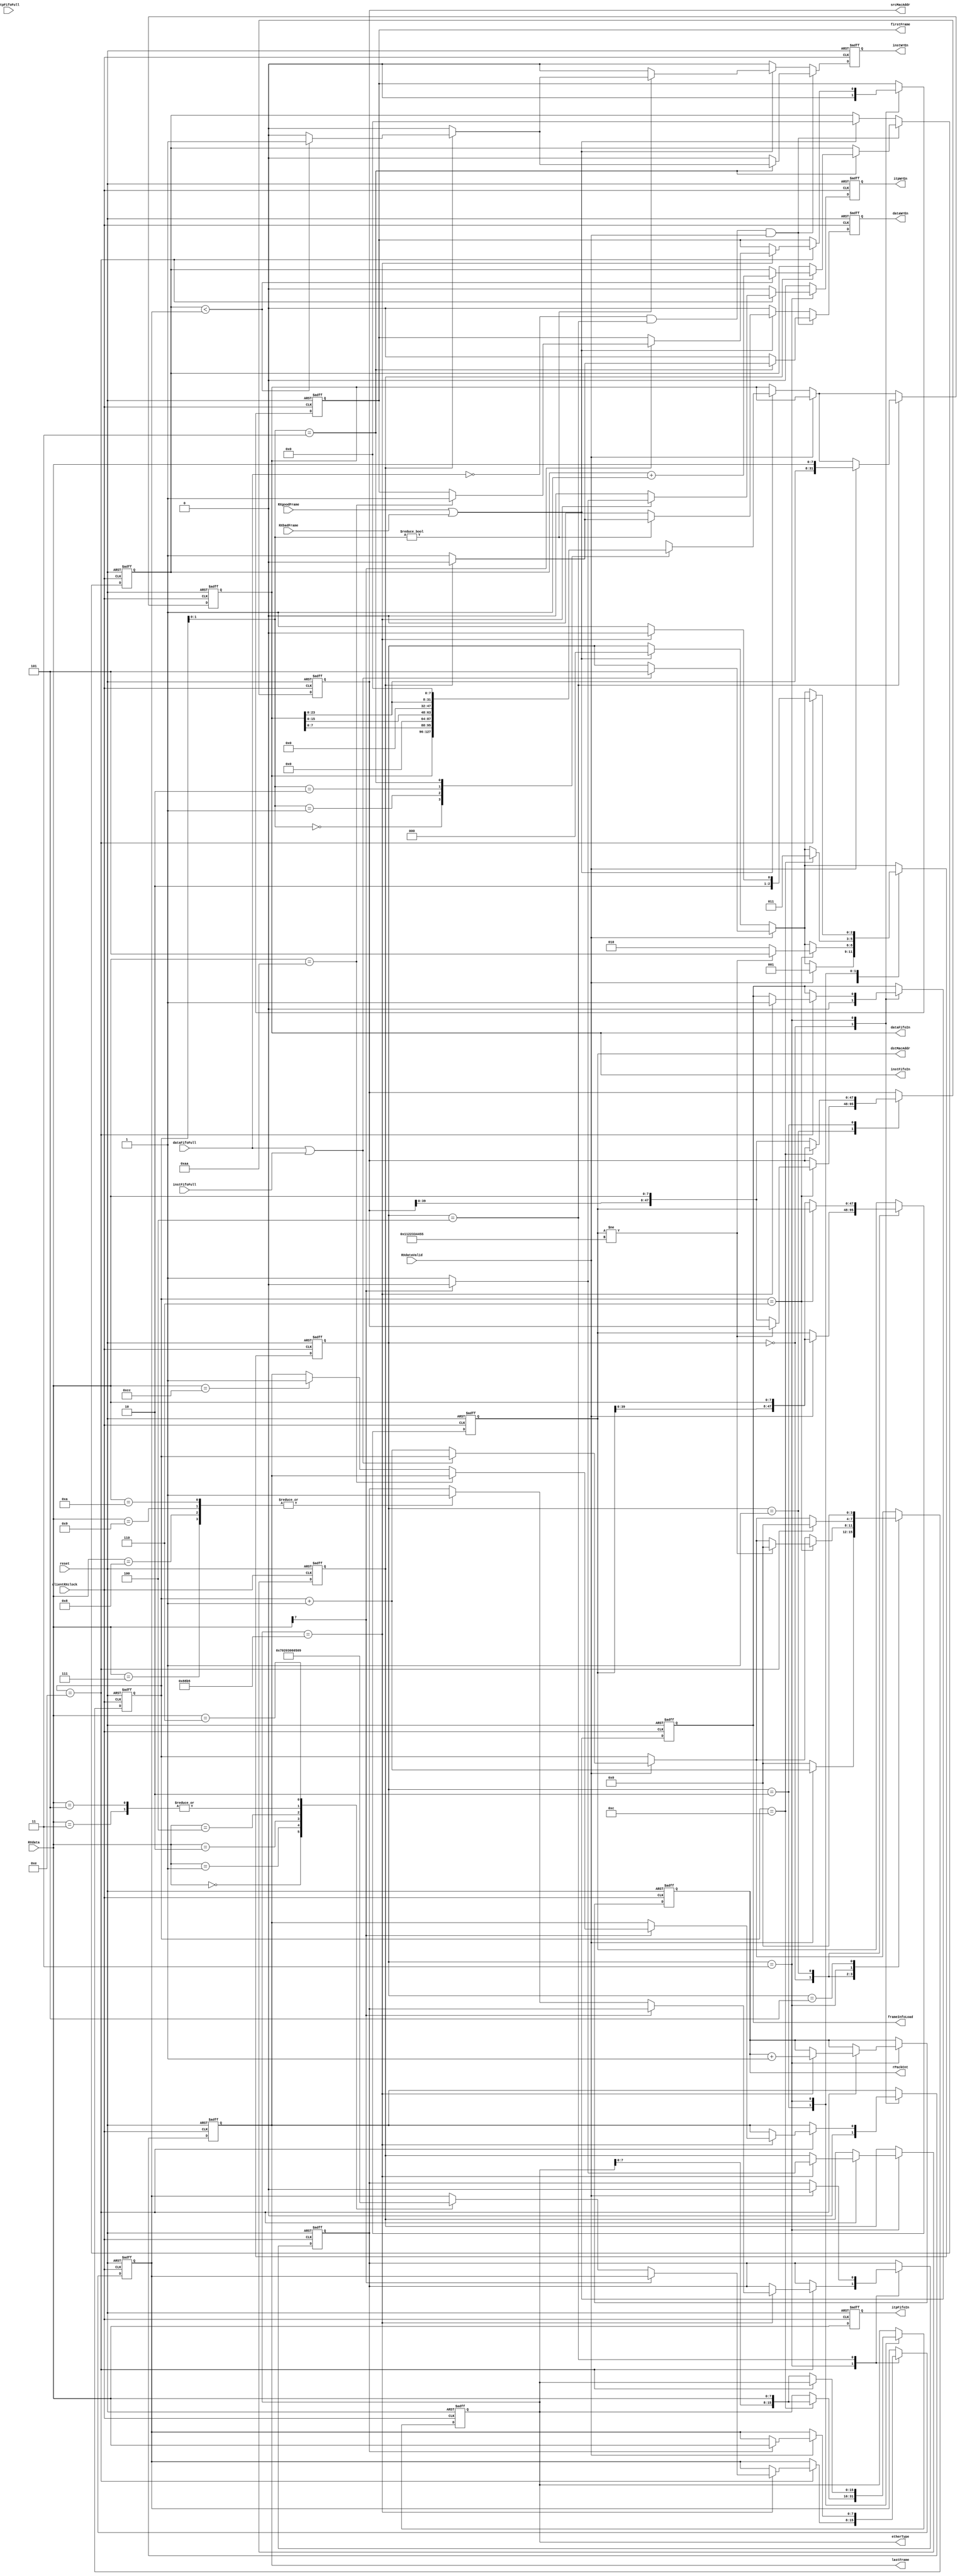
`timescale 1ns / 1ps

//Ethernet Receiver

//state definition for receiver
`define R_IDLE        3'd0
`define R_DST_ADDR    3'd1
`define R_SRC_ADDR    3'd2
`define R_LEN_TYPE    3'd3
`define R_DATA        3'd4
`define R_FAIL        3'd5

`define FPGA_ADDR     48'h001122334455
`define ETHER_TYPE    16'h88B5

`define SHA1_INIT     8'haa
`define SHA1_FINAL    8'hcc

//////////////////////////definition for tree cache control/////////////////////////////////////////////////////////////////

//definition for instructions
`define TC_LOAD       8'd0
`define TC_VERIFY1    8'd1
`define TC_VERIFY2    8'd2
`define TC_VERIFY3    8'd3
`define TC_VERIFY4    8'd4
`define TC_LOAD_RT    8'd5
`define TC_HMAC       8'd6
`define TC_UPDATE1    8'd7
`define TC_UPDATE2    8'd8
`define TC_UPDATE3    8'd9
`define TC_UPDATE4    8'd10


//definition for length of variables
`define LOAD_CYCLE_L       7  //load inst.      cur_entry(16), par_entry(16), nodeid(24), hash(160), dummy(8) 
`define LOAD_CYCLE_V1      2  //verify inst.    right_entry(16), left_entry(16), par_entry(16)
`define LOAD_CYCLE_V2      3  //                2{right_entry(16), left_entry(16), par_entry(16)}
`define LOAD_CYCLE_V3      5  //                3{right_entry(16), left_entry(16), par_entry(16)}
`define LOAD_CYCLE_V4      6  //                4{right_entry(16), left_entry(16), par_entry(16)}
`define LOAD_CYCLE_RT      5  //load root inst. hash(160)
`define LOAD_CYCLE_HMAC    9  //HMAC inst.      entry(16), section key(128), nonce(128), dummy(16)

////////////////////////////////////////////////////////////////////////////////////////////////////////////////////////////////

module etherRX( clientRXclock,
                reset,
                dataFifoFull,
                dataFifoIn,
                dataWrEn,
                instFifoFull,
                instFifoIn,
                instWrEn,
                itpFifoFull,
                itpFifoIn,
                itpWrEn,
                RXdata,
                RXdataValid,
                RXgoodFrame,
                RXbadFrame,
                frameInfoLoad,
                srcMacAddr,
                dstMacAddr,
                etherType,
                firstFrame,
                lastFrame,
                rPackCnt
              );

  input          clientRXclock;
  input          reset;

  //data FIFO
  input          dataFifoFull;
  output  [31:0] dataFifoIn;
  output         dataWrEn;

  //inst FIFO
  input          instFifoFull;
  output  [31:0] instFifoIn;
  output         instWrEn;

  //inst type FIFO
  input          itpFifoFull;
  output  [ 7:0] itpFifoIn;
  output         itpWrEn;

  // MAC signals
  input   [7:0]  RXdata;          //received data from MAC
  input          RXdataValid;     //received data valid
  input          RXgoodFrame;
  input          RXbadFrame;

  output         frameInfoLoad;
  output [47:0]  srcMacAddr;
  output [47:0]  dstMacAddr;
  output [15:0]  etherType;
  output         firstFrame;
  output         lastFrame;
  output  [7:0]  rPackCnt;

  //states and counters
  reg  [2:0]  r_current_state,  r_next_state;
  reg  [3:0]  r_byte_cnt_w,     r_byte_cnt_r;
  reg  [7:0]  r_pack_cnt_w,     r_pack_cnt_r;
  reg  [7:0]  r_inst_bnd_w,     r_inst_bnd_r;
  reg  [7:0]  r_inst_cnt_w,     r_inst_cnt_r;
  reg         r_update_load_w,  r_update_load_r;
  
  
  //FIFOs
  reg         dataWrEn_w,       dataWrEn_r;
  reg         instWrEn_w,       instWrEn_r;
  reg         itpWrEn_w,        itpWrEn_r;
  reg  [31:0] rdata_w,          rdata_r;
  reg   [7:0] inst_type_r;
  reg         is_tree_w,        is_tree_r;
  
  
  //frame info  
  reg         f_info_load_w,    f_info_load_r;
  reg  [47:0] srcMacAddr_w,     srcMacAddr_r;
  reg  [47:0] dstMacAddr_w,     dstMacAddr_r;
  reg  [15:0] etherType_w,      etherType_r;
 
  //sha1 frame type
  reg         is_first_w,       is_first_r;
  reg         is_last_w,        is_last_r;
 
  assign rPackCnt      = r_pack_cnt_r;
  assign dataFifoIn    = rdata_r;
  assign dataWrEn      = dataWrEn_r;
  assign instFifoIn    = rdata_r;
  assign instWrEn      = instWrEn_r;
  assign itpFifoIn     = inst_type_r;
  assign itpWrEn       = itpWrEn_r;

  assign frameInfoLoad = f_info_load_r;
  assign srcMacAddr    = srcMacAddr_r;
  assign dstMacAddr    = dstMacAddr_r;
  assign etherType     = etherType_r;
  assign firstFrame    = is_first_r;
  assign lastFrame     = is_last_r;

//receiver state transition
always @ (*)
 begin
   r_next_state    = r_current_state;
   r_byte_cnt_w    = r_byte_cnt_r;
   r_pack_cnt_w    = r_pack_cnt_r;
   srcMacAddr_w    = srcMacAddr_r;
   dstMacAddr_w    = dstMacAddr_r;
   etherType_w     = etherType_r;
   is_first_w      = is_first_r;
   is_last_w       = is_last_r;
   rdata_w         = rdata_r;
   f_info_load_w   = f_info_load_r;
   is_tree_w       = is_tree_r;
   itpWrEn_w       = 1'b0;
   r_inst_bnd_w    = r_inst_bnd_r;
   r_update_load_w = r_update_load_r;
   
   if( RXdataValid )
    begin
      if( dataFifoFull | instFifoFull )
        r_next_state = `R_FAIL;
      else
        r_byte_cnt_w = r_byte_cnt_r + 1'b1;
    end
   else if( RXgoodFrame | RXbadFrame ) // end of the frame
    begin
      r_next_state = `R_IDLE;
      case(r_byte_cnt_r[1:0])
        2'd0: rdata_w = rdata_r;
        2'd1: rdata_w = {rdata_r[ 7:0], 24'd0};
        2'd2: rdata_w = {rdata_r[15:0], 16'd0};
        2'd3: rdata_w = {rdata_r[23:0],  8'd0};
      endcase
    end
   case( r_current_state )
     `R_IDLE: 
       begin
         r_byte_cnt_w  = 4'd0;
         is_first_w    = 1'b0;
         is_last_w     = 1'b0;
         f_info_load_w = 1'b0;
         if(RXdataValid)
          begin
            r_byte_cnt_w = r_byte_cnt_r + 1'b1;
            r_next_state = `R_DST_ADDR;
            dstMacAddr_w = { dstMacAddr_r[39:0], RXdata };
          end
       end
     `R_DST_ADDR:
       begin
         if( r_byte_cnt_r == 4'd6 )
          begin
            if( dstMacAddr_r != `FPGA_ADDR )
             begin
               r_next_state = `R_FAIL;
               r_byte_cnt_w = 4'd0;
             end
            else
             begin
               r_next_state = `R_SRC_ADDR;
               srcMacAddr_w = { srcMacAddr_r[39:0], RXdata };
             end
          end
         else //r_byte_cnt_r <4'd6
          begin
            dstMacAddr_w = { dstMacAddr_r[39:0], RXdata };
          end
       end
     `R_SRC_ADDR:
       begin
         if( r_byte_cnt_r == 4'd12 )
          begin
            r_next_state = `R_LEN_TYPE;
            etherType_w  = { etherType_r[7:0], RXdata };
          end
         else //r_byte_cnt_r <4'd12
          begin
            srcMacAddr_w = { srcMacAddr_r[39:0], RXdata };
          end
       end
     `R_LEN_TYPE:
       begin
         if( r_byte_cnt_r == 4'd14 )
          begin
            r_byte_cnt_w  = 11'd0;
            if( etherType_r == `ETHER_TYPE )
             begin
               r_next_state  = `R_DATA;
               r_pack_cnt_w  = r_pack_cnt_r + 1'b1;
               r_byte_cnt_w  = 4'd0;
               f_info_load_w = 1'b1;
               if( RXdata[7] == 1'b1 )   //for hash data blocks
                begin
                  is_tree_w = 1'b0;
                  if( RXdata == `SHA1_INIT )
                    is_first_w = 1'b1;
                  else if( RXdata == `SHA1_FINAL )
                    is_last_w  = 1'b1;
                end
               else  //for tree cache commands
                begin
                  is_tree_w = 1'b1;
                  itpWrEn_w = 1'b1;
                  case( RXdata )
                   `TC_LOAD   : r_inst_bnd_w    = `LOAD_CYCLE_L;   
                   `TC_VERIFY1: r_inst_bnd_w    = `LOAD_CYCLE_V1;
                   `TC_VERIFY2: r_inst_bnd_w    = `LOAD_CYCLE_V2;
                   `TC_VERIFY3: r_inst_bnd_w    = `LOAD_CYCLE_V3;
                   `TC_VERIFY4: r_inst_bnd_w    = `LOAD_CYCLE_V4;
                   `TC_LOAD_RT: r_inst_bnd_w    = `LOAD_CYCLE_RT;
                   `TC_HMAC:    r_inst_bnd_w    = `LOAD_CYCLE_HMAC;
                   `TC_UPDATE1: r_update_load_w = 1'b1;
                   `TC_UPDATE2: r_update_load_w = 1'b1;
                   `TC_UPDATE3: r_update_load_w = 1'b1;
                   `TC_UPDATE4: r_update_load_w = 1'b1;
                   default:;
                  endcase
                end
             end
            else
             begin
               r_next_state = `R_FAIL;
             end             
          end
         else
          begin
            etherType_w  = { etherType_r[7:0], RXdata };
          end
       end
     `R_FAIL:
       begin
         r_byte_cnt_w = 4'd0;
       end
     `R_DATA:
       begin
         if( RXdataValid )
          begin
            rdata_w = { rdata_r[23:0], RXdata };
            if( r_update_load_r )
             begin
               r_update_load_w = 1'b0;
               r_inst_bnd_w    = RXdata;
             end
          end
       end
     default:;
    endcase
  end
  
//write data & inst fifo
always @ (*)
 begin
   dataWrEn_w   = 1'b0;
   instWrEn_w   = 1'b0;
   r_inst_cnt_w = r_inst_cnt_r;
   
   if( dataFifoFull == 1'b0 && r_current_state == `R_DATA && RXdataValid == 1'b1 )
    begin
      if( r_byte_cnt_r[1:0] == 2'd3 )
       begin
         if(is_tree_r)
          begin
            if( r_inst_cnt_r < r_inst_bnd_r )
             begin
               r_inst_cnt_w = r_inst_cnt_r + 1'b1;     
               instWrEn_w   = 1'b1; 
             end
          end
         else
          begin
            dataWrEn_w = 1'b1;
          end
       end
    end
   else if( RXgoodFrame | RXbadFrame )
    begin
      r_inst_cnt_w = 4'd0;
      if( r_byte_cnt_r[1:0] != 2'd0 )
       begin
         if(is_tree_r)
          begin
            if( r_inst_cnt_r < r_inst_bnd_r )
             begin
               instWrEn_w   = 1'b1; 
             end
          end
         else
          begin
            dataWrEn_w = 1'b1;
          end       
       end
    end
 end

always @ ( posedge clientRXclock or posedge reset )
 begin
   if(reset)
    begin
      r_current_state <= `R_IDLE;
      dataWrEn_r      <= 1'b0;
      instWrEn_r      <= 1'b0;
      itpWrEn_r       <= 1'b0;
      r_byte_cnt_r    <= 4'd0;
      rdata_r         <= 32'd0;
      inst_type_r     <= 8'd0;
      r_pack_cnt_r    <= 8'd0;
      f_info_load_r   <= 1'b0;
      srcMacAddr_r    <= 48'd0;
      dstMacAddr_r    <= 48'd0;
      etherType_r     <= 16'd0;
      is_first_r      <= 1'b0;
      is_last_r       <= 1'b0;
      is_tree_r       <= 1'b0;
      r_inst_bnd_r    <= 4'd0;
      r_inst_cnt_r    <= 4'd0;
      r_update_load_r <= 1'b0;
    end
   else
    begin
      r_current_state <= r_next_state;
      dataWrEn_r      <= dataWrEn_w;
      instWrEn_r      <= instWrEn_w;
      itpWrEn_r       <= itpWrEn_w;
      r_byte_cnt_r    <= r_byte_cnt_w;
      rdata_r         <= rdata_w;
      inst_type_r     <= RXdata;
      r_pack_cnt_r    <= r_pack_cnt_w;
      f_info_load_r   <= f_info_load_w;
      srcMacAddr_r    <= srcMacAddr_w;
      dstMacAddr_r    <= dstMacAddr_w;
      etherType_r     <= etherType_w;
      is_first_r      <= is_first_w;
      is_last_r       <= is_last_w;
      is_tree_r       <= is_tree_w;
      r_inst_bnd_r    <= r_inst_bnd_w;
      r_inst_cnt_r    <= r_inst_cnt_w;
      r_update_load_r <= r_update_load_w;
    end
 end
 
endmodule